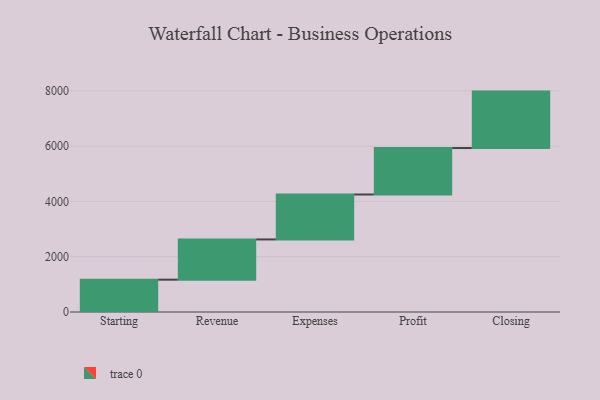
{"axis": {"x": "Step", "y": "Value"}, "legend": [""], "data": [{"x": "Starting", "y": 1169.0, "type": ""}, {"x": "Revenue", "y": 1455.0, "type": ""}, {"x": "Expenses", "y": 1625.0, "type": ""}, {"x": "Profit", "y": 1680.0, "type": ""}, {"x": "Closing", "y": 2041.0, "type": ""}]}